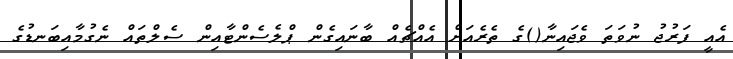
އެއީ ފަރުޖު ނުވަތަ ވެޖައިނާ()ގެ ތެރެއަށް އެއްޗެއް ބާނައިގެން ޕްލެސެންޓާއިން ސެލްތައް ނެގުމާއިބަނޑުގެ